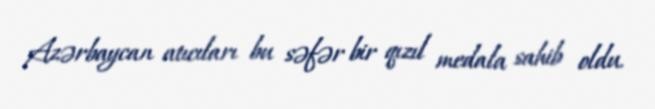
Azərbaycan atıcıları bu səfər bir qızıl medala sahib oldu.